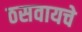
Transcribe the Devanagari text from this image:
ठसवायचे